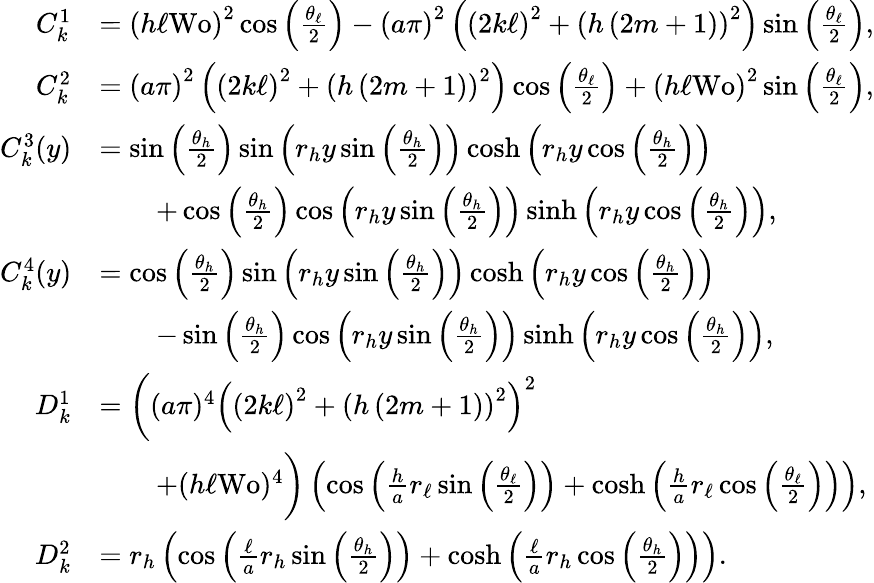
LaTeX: \begin{array}{rl}{C_{k}^{1}}&{=\left(h\ell\textrm{Wo}\right)^{2}\cos\left(\frac{\theta_{\ell}}{2}\right)-\left(a\pi\right)^{2}\left(\left(2k\ell\right)^{2}+\left(h\left(2m+1\right)\right)^{2}\right)\sin\left(\frac{\theta_{\ell}}{2}\right),}\\ {C_{k}^{2}}&{=\left(a\pi\right)^{2}\left(\left(2k\ell\right)^{2}+\left(h\left(2m+1\right)\right)^{2}\right)\cos\left(\frac{\theta_{\ell}}{2}\right)+\left(h\ell\textrm{Wo}\right)^{2}\sin\left(\frac{\theta_{\ell}}{2}\right),}\\ {C_{k}^{3}(y)}&{=\sin\left(\frac{\theta_{h}}{2}\right)\sin\left(r_{h}y\sin\left(\frac{\theta_{h}}{2}\right)\right)\cosh\left(r_{h}y\cos\left(\frac{\theta_{h}}{2}\right)\right)}\\ &{\quad\quad+\cos\left(\frac{\theta_{h}}{2}\right)\cos\left(r_{h}y\sin\left(\frac{\theta_{h}}{2}\right)\right)\sinh\left(r_{h}y\cos\left(\frac{\theta_{h}}{2}\right)\right),}\\ {C_{k}^{4}(y)}&{=\cos\left(\frac{\theta_{h}}{2}\right)\sin\left(r_{h}y\sin\left(\frac{\theta_{h}}{2}\right)\right)\cosh\left(r_{h}y\cos\left(\frac{\theta_{h}}{2}\right)\right)}\\ &{\quad\quad-\sin\left(\frac{\theta_{h}}{2}\right)\cos\left(r_{h}y\sin\left(\frac{\theta_{h}}{2}\right)\right)\sinh\left(r_{h}y\cos\left(\frac{\theta_{h}}{2}\right)\right),}\\ {D_{k}^{1}}&{=\bigg((a\pi)^{4}\left(\left(2k\ell\right)^{2}+\left(h\left(2m+1\right)\right)^{2}\right)^{2}}\\ &{\quad\quad+(h\ell\textrm{Wo})^{4}\bigg)\left(\cos\left(\frac{h}{a}r_{\ell}\sin\left(\frac{\theta_{\ell}}{2}\right)\right)+\cosh\left(\frac{h}{a}r_{\ell}\cos\left(\frac{\theta_{\ell}}{2}\right)\right)\right),}\\ {D_{k}^{2}}&{=r_{h}\left(\cos\left(\frac{\ell}{a}r_{h}\sin\left(\frac{\theta_{h}}{2}\right)\right)+\cosh\left(\frac{\ell}{a}r_{h}\cos\left(\frac{\theta_{h}}{2}\right)\right)\right).}\end{array}